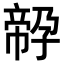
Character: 𡦔